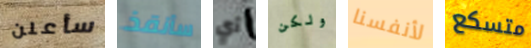
سأعلن سأنقذ أي ولكن لأنفسنا متسكع